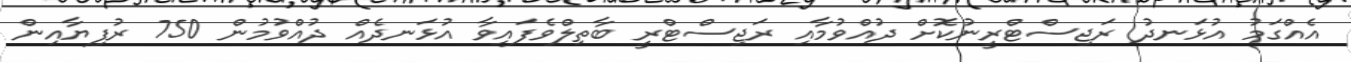
އެއްގަމު އުޅަނދު ރަޖިސްޓްރީނުކޮށް ދުއްވުމާއި ރަޖިސްޓްރީ ބާތިލްވެފައިވާ އުޅަނދެއް ދުއްވުމުން 750 ރުފިޔާއިން